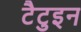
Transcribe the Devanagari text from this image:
टैटुइन